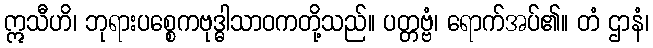
ဣသီဟိ၊ ဘုရားပစ္စေကဗုဒ္ဓါသာဝကတို့သည်။ ပတ္တဗ္ဗံ၊ ရောက်အပ်၏။ တံ ဌာနံ၊